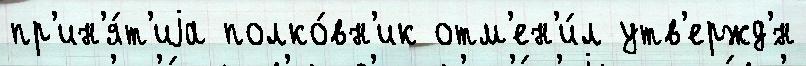
пр'ин'я́т'иjа полко́вн'ик отм'ен'и́л утв'ержд'́н